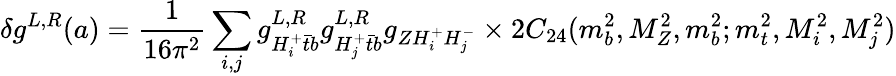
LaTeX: \delta g^{L,R}(a)=\frac{1}{16\pi^{2}}\sum_{i,j}g_{H_{i}^{+}\bar{t}b}^{L,R}g_{H_{j}^{+}\bar{t}b}^{L,R}g_{ZH_{i}^{+}H_{j}^{-}}\times 2C_{24}(m_{b}^{2},M_{Z}^{2},m_{b}^{2};m_{t}^{2},M_{i}^{2},M_{j}^{2})